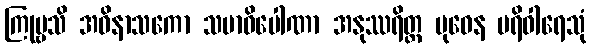
ကြုဗ္ဗသိ အဝိနာသကော သမာဓိပေါဏာ အနုဿရိတ္ထ ဗုဓေန ပရိဝါရေသုံ